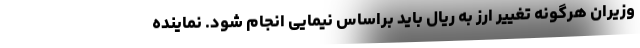
وزیران هرگونه تغییر ارز به ریال باید براساس نیمایی انجام شود. نماینده